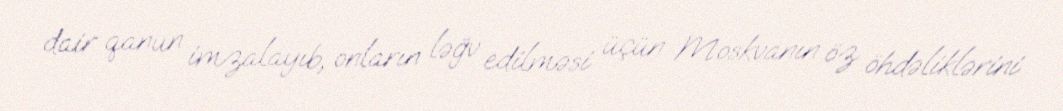
dair qanun imzalayıb, onların ləğv edilməsi üçün Moskvanın öz öhdəliklərini